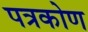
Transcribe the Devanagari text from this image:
पत्रकोण